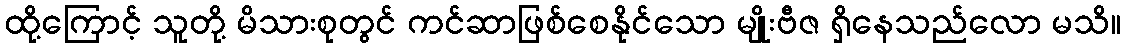
ထို့ကြောင့် သူတို့ မိသားစုတွင် ကင်ဆာဖြစ်စေနိုင်သော မျိုးဗီဇ ရှိနေသည်လော မသိ။